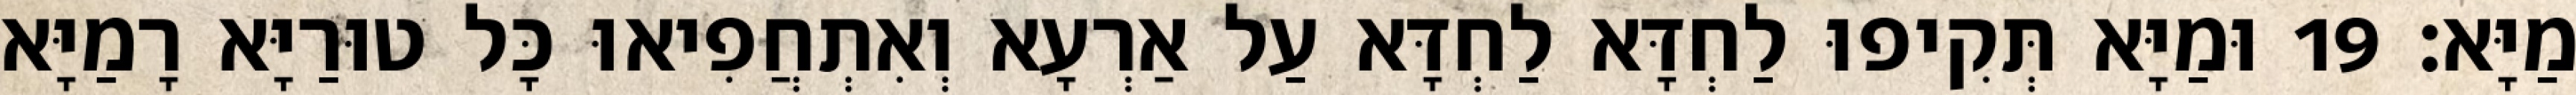
מַיָּא׃ 19 וּמַיָּא תְּקִיפוּ לַחְדָּא לַחְדָּא עַל אַרְעָא וְאִתְחֲפִיאוּ כָּל טוּרַיָּא רָמַיָּא